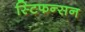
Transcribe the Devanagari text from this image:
स्टिफन्सन